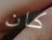
كان